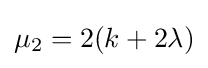
\mu _{2}=2(k+2\lambda )